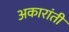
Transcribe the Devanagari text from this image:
अकारांती